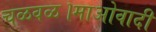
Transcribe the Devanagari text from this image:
चळवळ।माओवादी